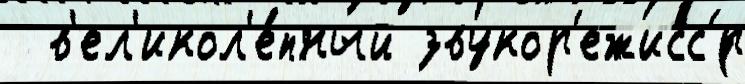
  в'ел'икол'е́пный звукор'ежисс'́р